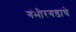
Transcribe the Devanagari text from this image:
गंभीरगडाचे